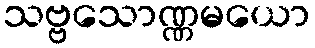
သဗ္ဗသောဏ္ဏမယော